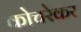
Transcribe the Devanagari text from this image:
कोचरेकर